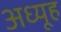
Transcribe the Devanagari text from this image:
अध्यूह